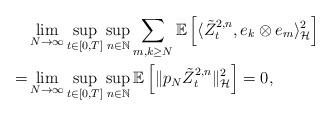
LaTeX: \begin{align*} & \lim_{N\to\infty}\sup_{t\in[0,T]}\sup_{n\in\mathbb N}\sum_{m,k\geq N}\mathbb E\left[ \langle \tilde Z_t^{2,n}, e_k\otimes e_m\rangle_{\mathcal H}^2\right]\\ = & \lim_{N\to\infty}\sup_{t\in[0,T]}\sup_{n\in\mathbb N}\mathbb E\left[\|p_N\tilde Z_t^{2,n}\|_{\mathcal H}^2\right]=0,\end{align*}